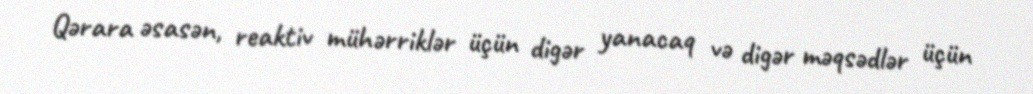
Qərara əsasən, reaktiv mühərriklər üçün digər yanacaq və digər məqsədlər üçün